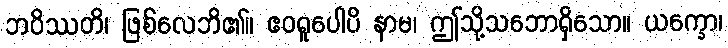
ဘဝိဿတိ၊ ဖြစ်လေဘိ၏။ ဧဝရူပေါပိ နာမ၊ ဤသို့သဘောရှိသော။ ယက္ခော၊